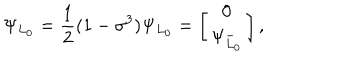
\Psi _ { L _ { 0 } } = { \frac { 1 } { 2 } } ( 1 - \sigma ^ { 3 } ) \Psi _ { L _ { 0 } } = \left[ \begin{matrix} { { 0 } } \\ { { \Psi _ { L _ { 0 } } ^ { - } } } \\ \end{matrix} \right] ,